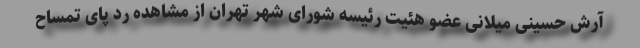
آرش حسینی میلانی عضو هئیت رئیسه شورای شهر تهران از مشاهده رد پای تمساح